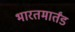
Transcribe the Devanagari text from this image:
भारतमार्तंड